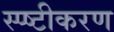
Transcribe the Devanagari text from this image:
स्प्ष्टीकरण